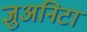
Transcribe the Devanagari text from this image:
ज्ञुअनिटा